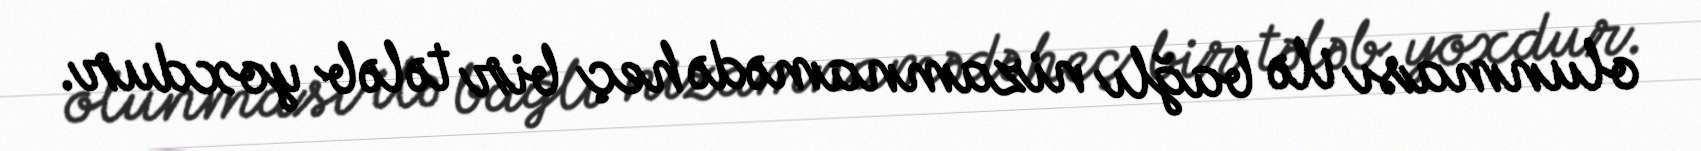
olunması ilə bağlı nizamnamədə heç bir tələb yoxdur.